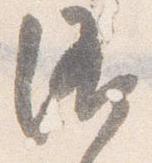
洛